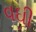
વઘી